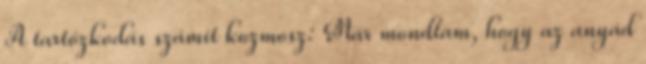
A tartózkodás számít kozmosz: Már mondtam, hogy az anyád